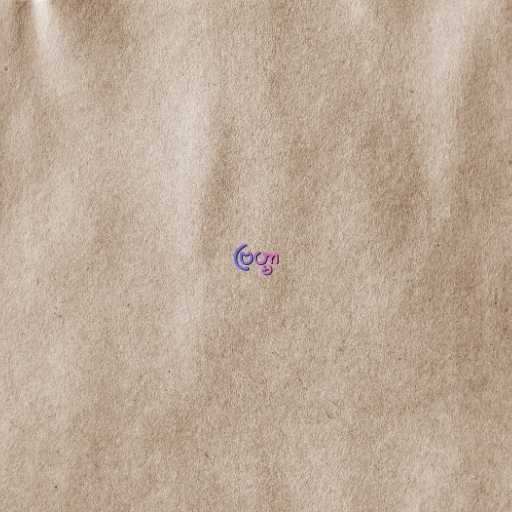
ဗြဟ္မာ